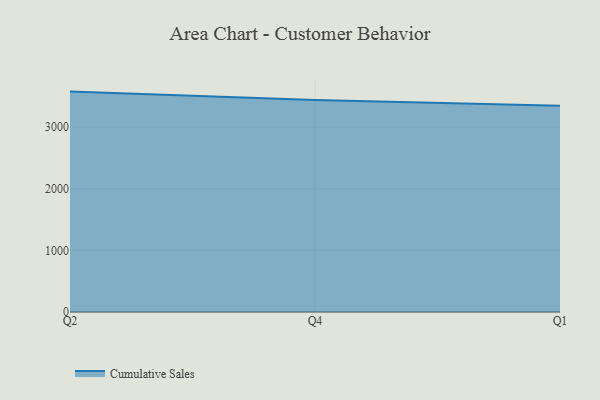
{"axis": {"x": "Quarter", "y": "Humidity (%)"}, "legend": ["Cumulative Sales"], "data": [{"x": "Q2", "y": 3576.4, "type": "Cumulative Sales"}, {"x": "Q4", "y": 3441.6, "type": "Cumulative Sales"}, {"x": "Q1", "y": 3345.3, "type": "Cumulative Sales"}]}